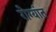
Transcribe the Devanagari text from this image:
रोग्यांत